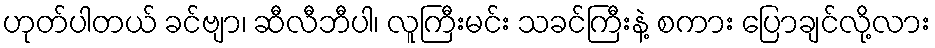
ဟုတ်ပါတယ် ခင်ဗျာ၊ ဆီလီဘီပါ၊ လူကြီးမင်း သခင်ကြီးနဲ့ စကား ပြောချင်လို့လား